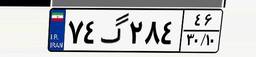
۷۴گ۲۸۴۴۶